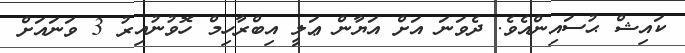
ކައިޝް ޙުސައިންއެވެ. ދެވަނަ އަށް އަޔާން ޢަލީ އިބްރާހިމް ހޮވުނުއިރު 3 ވަނައަށް